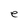
Character: e